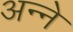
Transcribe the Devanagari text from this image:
अन्‍ने